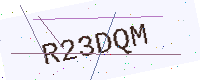
Text: R23DQM